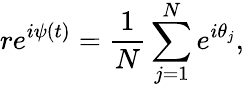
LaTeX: re^{i\psi(t)}=\frac{1}{N}\sum_{j=1}^{N}e^{i\theta_{j}},